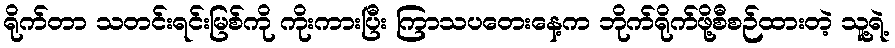
ရိုက်တာ သတင်းရင်းမြစ်ကို ကိုးကားပြီး ကြာသပတေးနေ့က ဘိုက်ရိုက်ဖို့စီစဉ်ထားတဲ့ သူ့ရဲ့